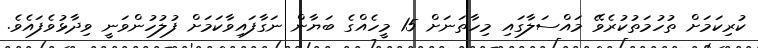
ކުރިކަަމަށް ތުހުމަތުކުރެވޭ މައްސަލާގައި މިހާތަނަށް 15 މީހެއްގެ ބަޔާން ނަގާފައިވާކަމަށް ފުލުހުންވަނީ ވިދާޅުވެފައެވެ.